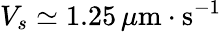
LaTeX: V_{s}\simeq 1.25\, \mu{\mathrm{m}}\cdot{\mathrm{s}}^{-1}